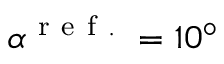
\alpha ^ { \mathrm { ~ r ~ e ~ f ~ . ~ } } = 1 0 ^ { \circ }